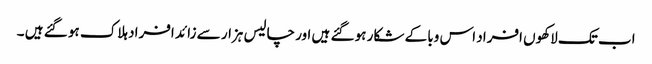
اب تک لاکھوں افراد اس وبا کے شکار ہو گئے ہیں اور چالیس ہزار سے زائد افراد ہلاک ہو گئے ہیں ۔